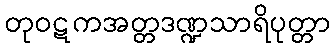
တုဝဋကအတ္တဒဏ္ဍသာရိပုတ္တာ